Investigations into the jail dietaries of the United Provinces with some observations on the influence of dietary on the physical development and well-being of the people of the United Provinces - Number 48
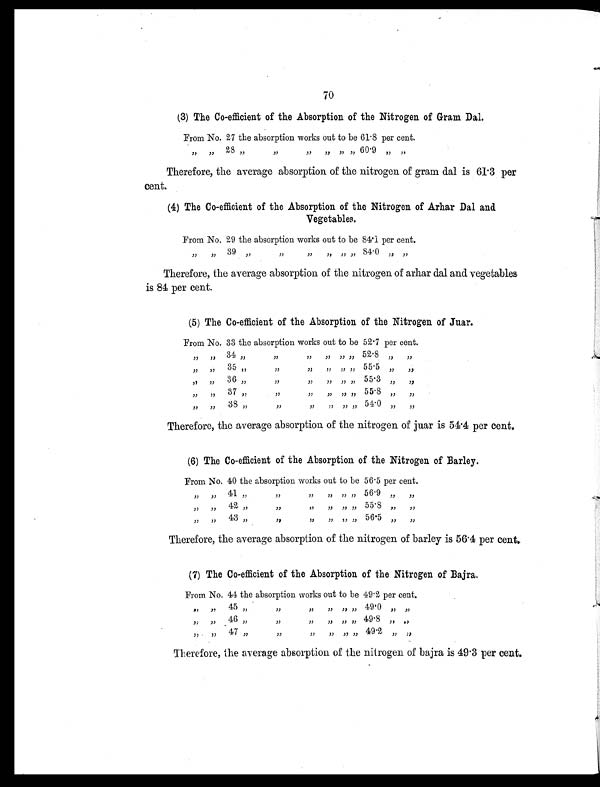
70
(3) The Co-efficient of the Absorption of the Nitrogen of Gram Dal.
From No. 27 the absorption works out to be 61.8 per cent.
„ „ 28 „ „ „ „ „ „ 60.9 „ „
Therefore, the average absorption of the nitrogen of gram dal is 61.3 per
cent.
(4) The Co-efficient of the Absorption of the Nitrogen of Arhar Dal and
Vegetables.
From No. 29 the absorption works out to be 84.1 per cent.
„ „ 39 „ „ „ „ „ „ 84.0 „ „
Therefore, the average absorption of the nitrogen of arhar dal and vegetables
is 84 per cent.
(5) The Co-efficient of the Absorption of the Nitrogen of Juar.
From No. 33 the absorption works out to be 52.7 per cent.
„ „ 34 „ „ „ „ „ „ 52.8 „ „
„ „ 35 „ „ „ „ „ „ 55.5 „ „
„ „
36 „ „ „ „ „ „ 55.3
„ „
„ „ 37 „ „ „ „ „ „ 55.8 „ „
„ „ 38 „ „ „ „ „ „ 54.0 „ „
Therefore, the average absorption of the nitrogen of juar is 54.4 per cent.
(6) The Co-efficient of the Absorption of the Nitrogen of Barley.
From No. 40 the absorption works out to be 56.5 per cent.
„ „ 41 „ „ „ „ „ „ 56.9 „ „
„ „ 42 „ „ „ „ „ „ 55.8 „ „
„ „ 43 „ „ „ „ „ „ 56.5 „ „
Therefore, the average absorption of the nitrogen of barley is 56.4 per cent.
(7) The Co-efficient of the Absorption of the Nitrogen of Bajra.
From No. 44 the absorption works out to be 49.2 per cent.
„ „ 45 „ „ „ „ „ „ 49.0 „ „
„ „ 46 „ „ „ „ „ „ 49.8 „ „
„ „ 47 „ „ „ „ „ „ 49.2 „ „
Therefore, the average absorption of the nitrogen of bajra is 49.3 per cent.